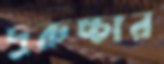
দুরুচ্চার